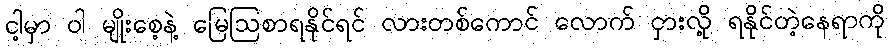
ငါ့မှာ ဝါ မျိုးစေ့နဲ့ မြေဩစာရနိုင်ရင် လားတစ်ကောင် လောက် ငှားလို့ ရနိုင်တဲ့နေရာကို